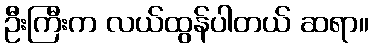
ဦးကြီးက လယ်ထွန်ပါတယ် ဆရာ။